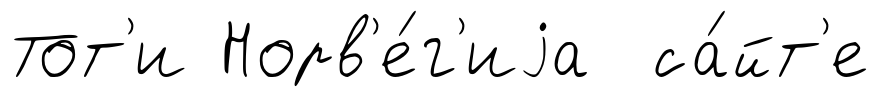
Тот'и Норв'е́г'иjа са́йт'е